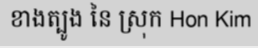
ខាងត្បូង នៃ ស្រុក Hon Kim